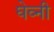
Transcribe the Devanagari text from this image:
घेव्नी